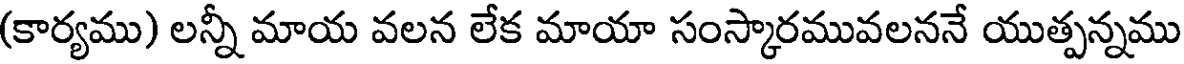
(కార్యము) లన్నీ మాయ వలన లేక మాయా సంస్కారమువలననే యుత్పన్నము